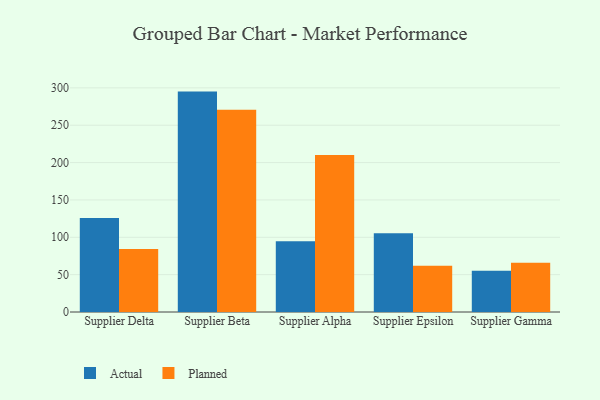
{"axis": {"x": "Supplier", "y": "Energy Usage (MWh)"}, "legend": ["Actual", "Planned"], "data": [{"x": "Supplier Delta", "y": 125.9, "type": "Actual"}, {"x": "Supplier Delta", "y": 84.2, "type": "Planned"}, {"x": "Supplier Beta", "y": 295.0, "type": "Actual"}, {"x": "Supplier Beta", "y": 270.8, "type": "Planned"}, {"x": "Supplier Alpha", "y": 94.7, "type": "Actual"}, {"x": "Supplier Alpha", "y": 210.0, "type": "Planned"}, {"x": "Supplier Epsilon", "y": 105.5, "type": "Actual"}, {"x": "Supplier Epsilon", "y": 62.0, "type": "Planned"}, {"x": "Supplier Gamma", "y": 55.3, "type": "Actual"}, {"x": "Supplier Gamma", "y": 65.8, "type": "Planned"}]}